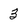
Character: 3